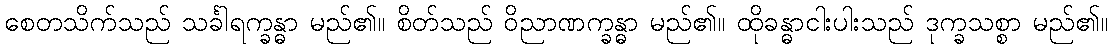
စေတသိက်သည် သင်္ခါရက္ခန္ဓာ မည်၏။ စိတ်သည် ဝိညာဏက္ခန္ဓာ မည်၏။ ထိုခန္ဓာငါးပါးသည် ဒုက္ခသစ္စာ မည်၏။